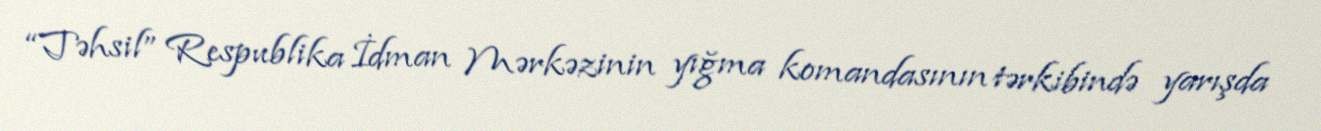
“Təhsil” Respublika İdman Mərkəzinin yığma komandasının tərkibində yarışda